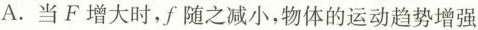
A.当F增大时，f随之减小，物体的运动趋势增强